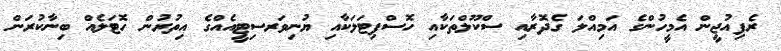
ރެފިއުޖީން އެމީހުންގެ އަމިއްލަ ގެދޮރާއި ސްކޫލްތަކާއި ހޮސްޕިޓަލަކާއި ޔުނިވަރސިޓީއެއްގެ އިތުރުން ހޮޓަލެއް ބިނާކުރަން